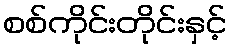
စစ်ကိုင်းတိုင်းနှင့်